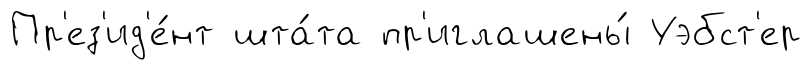
Пр'ез'ид'е́нт шта́та пр'иглашены́ Уэбст'ер